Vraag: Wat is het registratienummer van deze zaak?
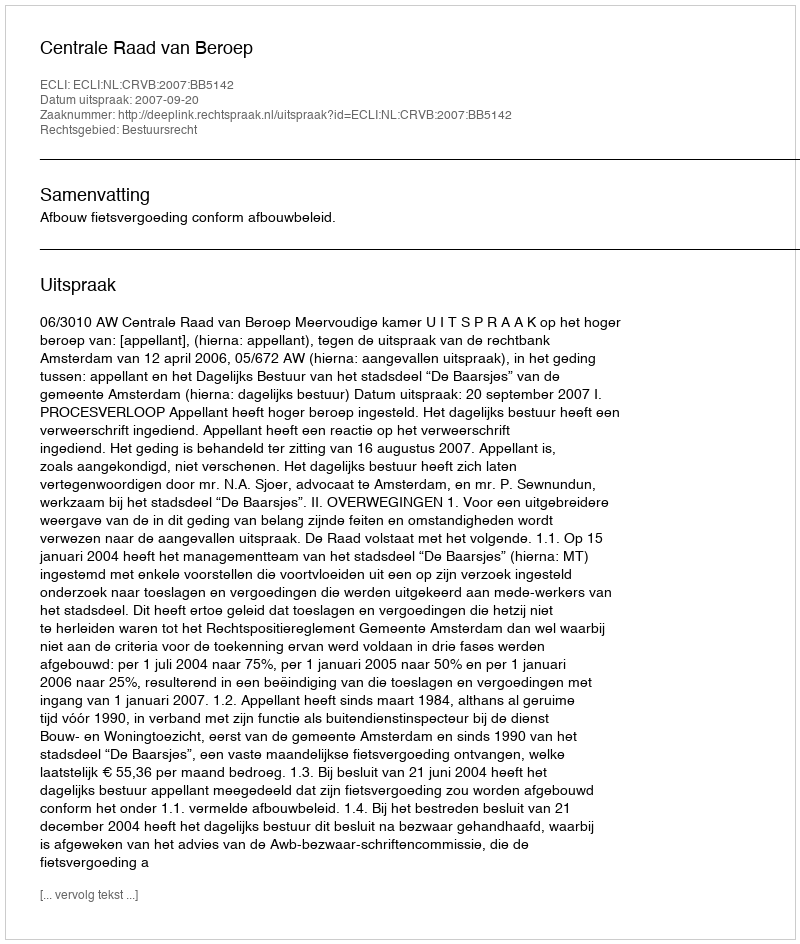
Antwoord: http://deeplink.rechtspraak.nl/uitspraak?id=ECLI:NL:CRVB:2007:BB5142